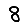
Digit: 8